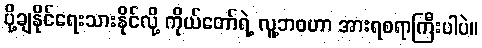
ပို့ချနိုင်ရေးသားနိုင်လို့ ကိုယ်တော်ရဲ့ လူ့ဘဝဟာ အားရစရာကြီးပါပဲ။